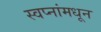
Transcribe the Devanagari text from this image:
स्वप्नांमधून